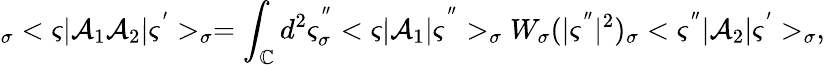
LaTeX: _{\sigma}<\varsigma|\mathcal{A}_{1}\mathcal{A}_{2}|\varsigma^{^{\prime}}>_{\sigma}=\int_{\mathbb{C}}d^{2}\varsigma_{\sigma}^{^{^{\prime\prime}}}<\varsigma|\mathcal{A}_{1}|\varsigma^{^{^{\prime\prime}}}>_{\sigma}W_{\sigma}(|\varsigma^{^{\prime\prime}}|^{2})_{\sigma}<\varsigma^{^{\prime\prime}}|\mathcal{A}_{2}|\varsigma^{^{\prime}}>_{\sigma},